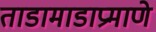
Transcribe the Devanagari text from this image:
ताडामाडाप्रमाणे